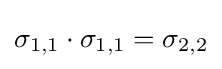
\sigma _{1,1}\cdot \sigma _{1,1}=\sigma _{2,2}